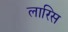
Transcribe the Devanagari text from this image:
लारिस